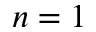
n = 1